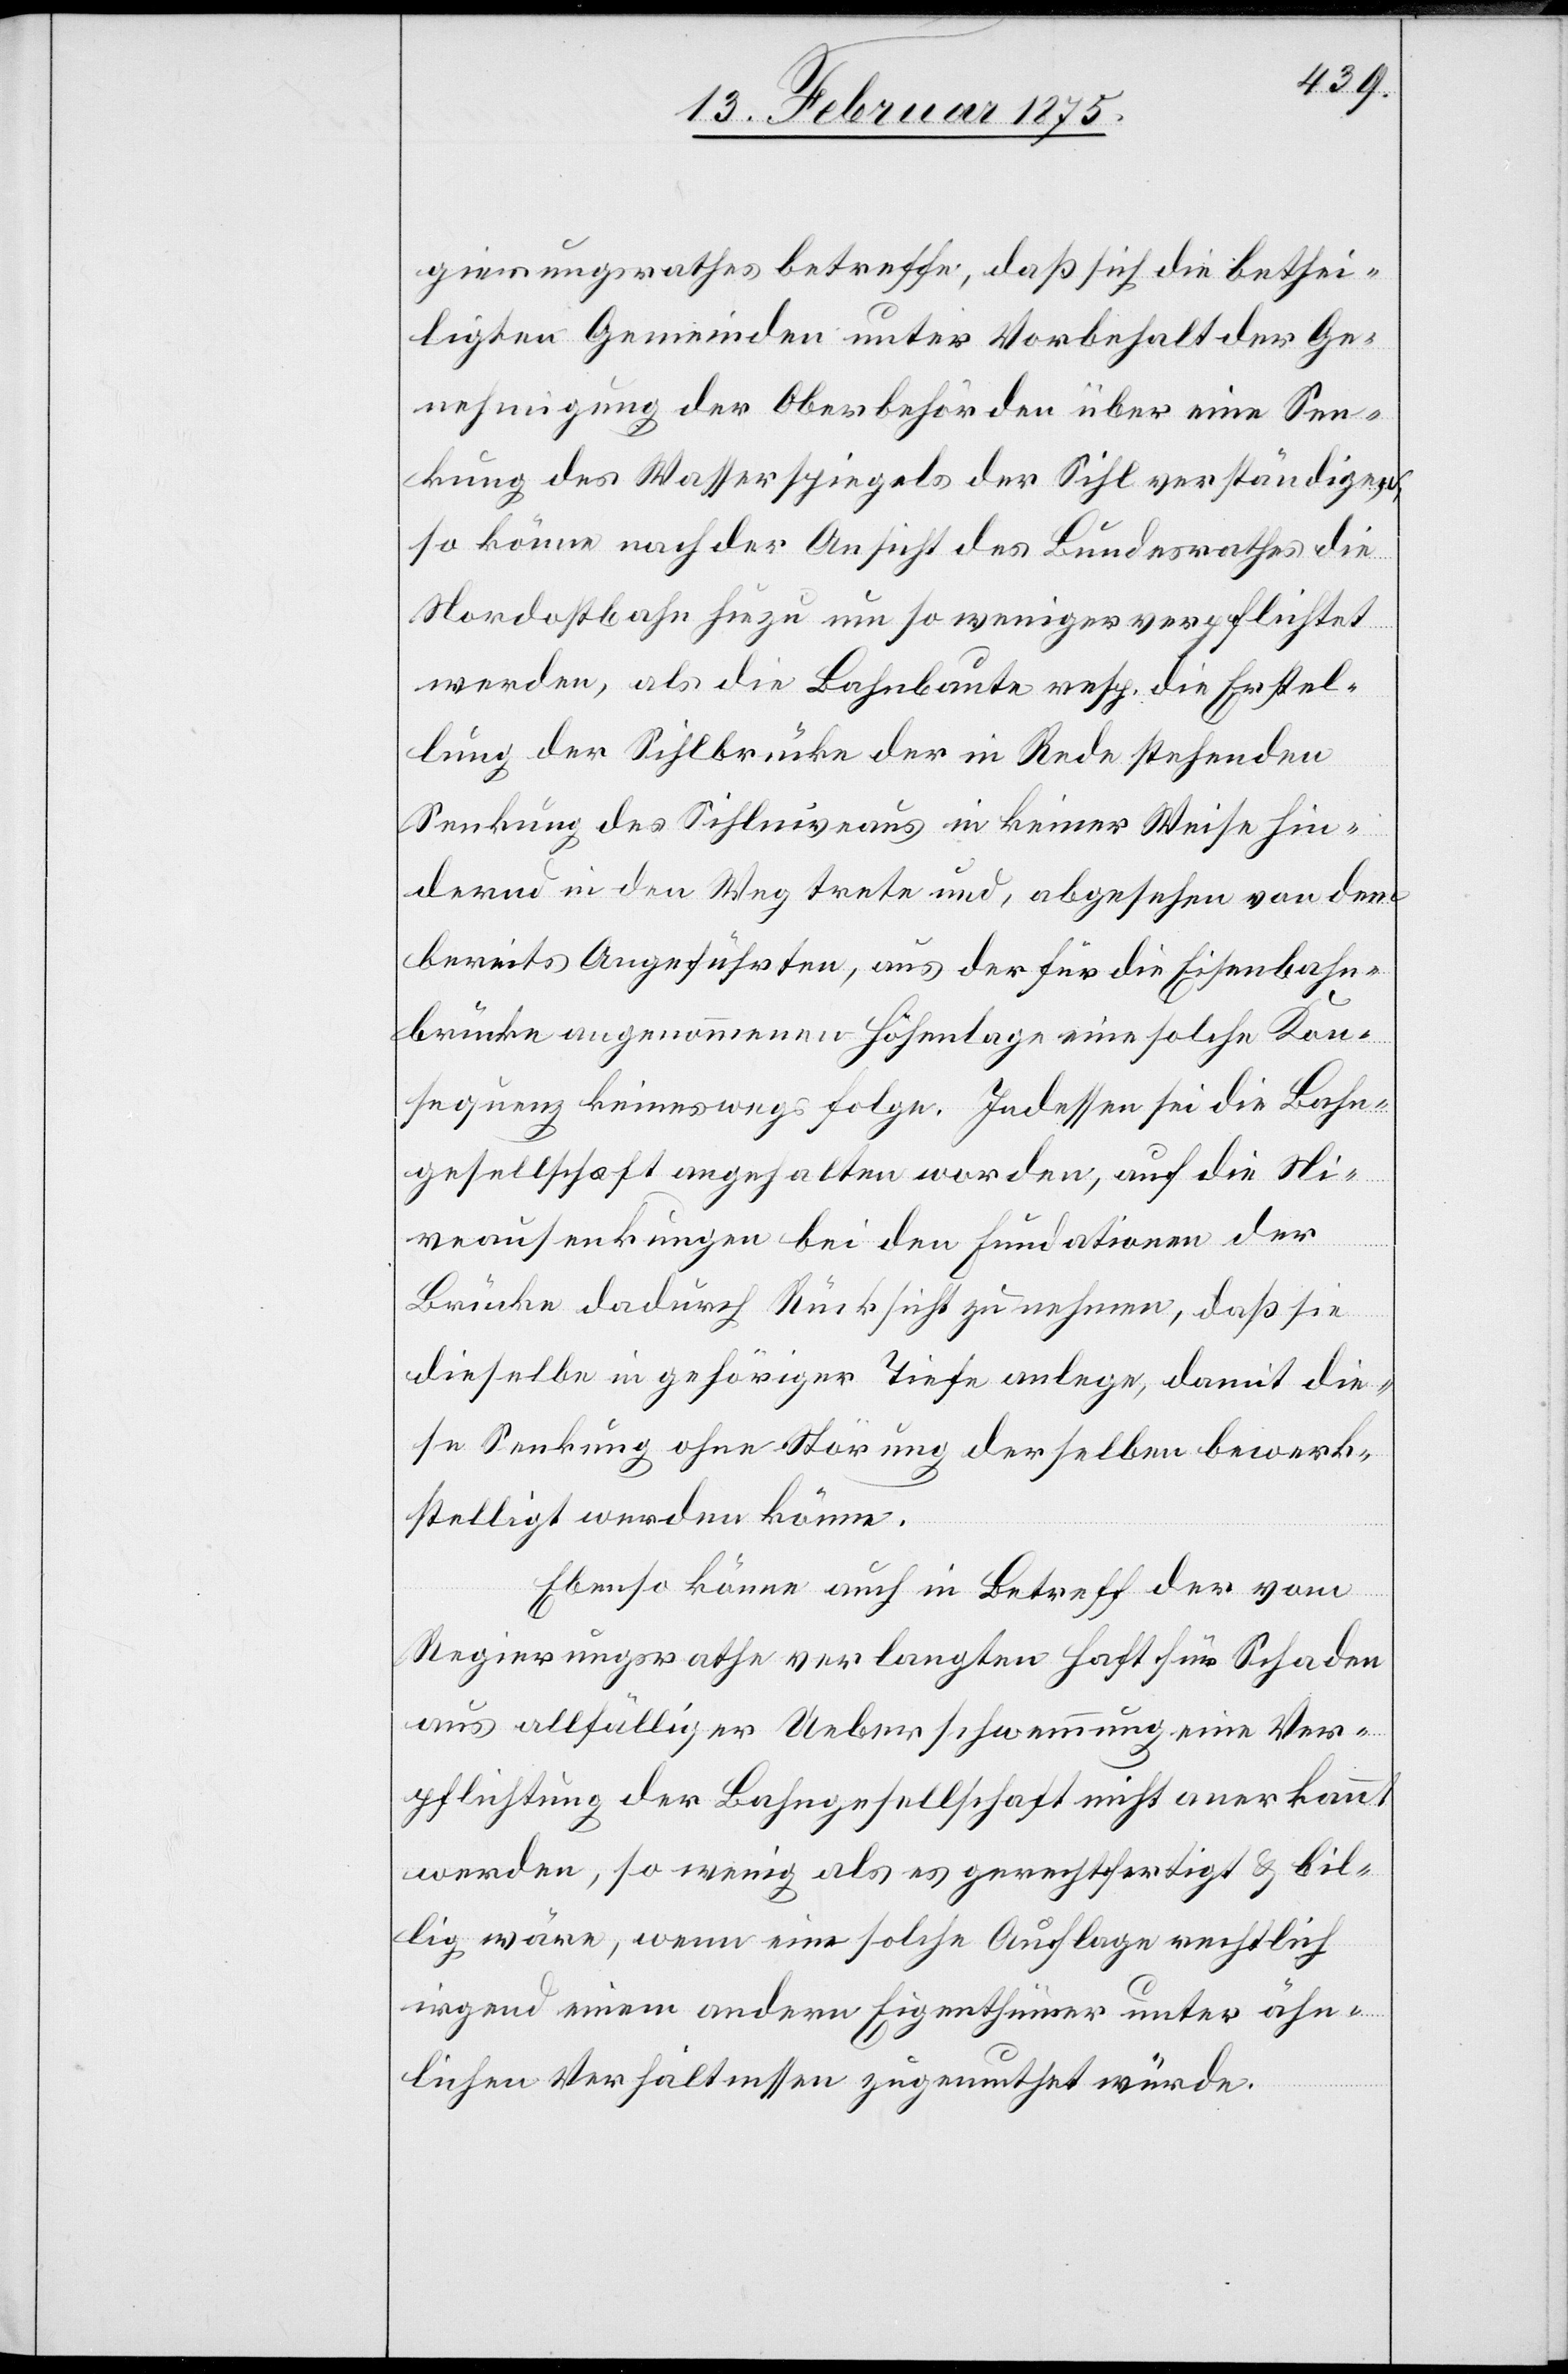
gierungsrathes betreffe, daß sich die bethei¬
ligten Gemeinden unter Vorbehalt der Ge¬
nehmigung der Oberbehörden über eine Sen¬
kung des Wasserspiegels der Sihl verständigen,
so könne nach der Ansicht des Bundesrathes die
Nordostbahn hiezu um so weniger verpflichtet
werden, als die Bahnbaute resp. die Erstel¬
lung der Sihlbrücke der in Rede stehenden
Senkung des Sihlniveaus in keiner Weise hin¬
dernd in den Weg trete und, abgesehen von dem
bereits Angeführten, aus der für die Eisenbahn¬
brücke angenommenen Höhenlage eine solche Kon¬
sequenz keineswegs folge. Indessen sei die Bahn¬
gesellschaft angehalten worden, auf die Ni¬
veausenkungen bei den Fundationen der
Brücke dadurch Rücksicht zu nehmen, daß sie
dieselbe in gehöriger Tiefe anlege, damit die¬
se Senkung ohne Störung derselben bewerk¬
stelligt werden könne.
Ebenso könne auch in Betreff der vom
Regierungsrathe verlangten Haft für Schaden
aus allfälliger Ueberschwemmung eine Ver¬
pflichtung der Bahngesellschaft nicht anerkannt
werden, so wenig als es gerechtfertigt & bil¬
lig wäre, wenn eine solche Auflage rechtlich
irgend einem andern Eigenthümer unter ähn¬
lichen Verhältnissen zugemuthet würde.